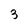
Character: 3